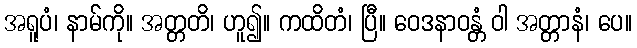
အရူပံ၊ နာမ်ကို။ အတ္တတိ၊ ဟူ၍။ ကထိတံ၊ ပြီ။ ဝေဒနာဝန္တံ ဝါ အတ္တာနံ၊ ပေ။